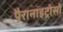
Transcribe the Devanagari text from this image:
पैरानाइट्रोसो